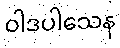
ဝါဒပါသေန